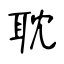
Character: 耽